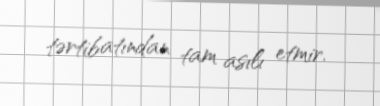
tərtibatından tam asılı etmir.